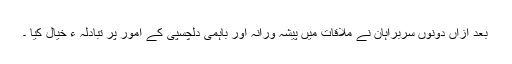
بعد ازاں دونوں سربراہان نے ملاقات میں پیشہ ورانہ اور باہمی دلچسپی کے امور پر تبادلہ ء خیال کیا ۔